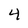
Character: 4